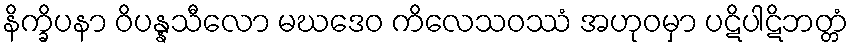
နိက္ခိပနာ ဝိပန္နသီလော မဃဒေဝ ကိလေသဝဿံ အဟုဝမှာ ပဋိပါဋိဘတ္တံ